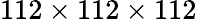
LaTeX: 112\times 112\times 112